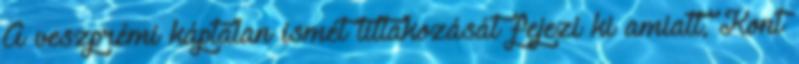
A veszprémi káptalan ismét tiltakozását fejezi ki amiatt, Kont